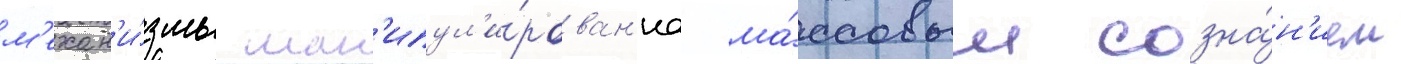
м'ехан'и́змы ман'ипул'и́рован'иа ма́ссовым созна́н'ием